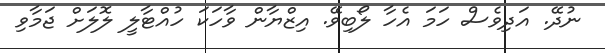
ނުދޭ. އަދިވެސް ހަމަ އެހާ ލޯބިވޭ. އިޒްޔާން ވާހަކަ ހުއްޓާލީ ލޮލަށް ޖަމާވި